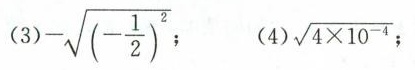
(3)$$- \sqrt{(- \frac{1}{2})^{2}}$$ ;(4) $$\sqrt{4 \times 10^{-4}}$$